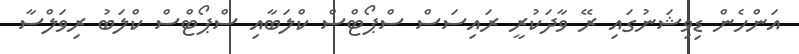
އަންހެން ޑިވިޝަނުގައި ރޭ ވާދަކުރީ ރައިސަސް ސްޕޯޓްސް ކްލަބާއި ސްޕޯޓްސް ކްލަބު ރިވަލްސާ